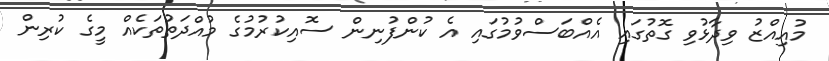
މުއިއްޒު ވިދާޅުވި ގޮތުގައި އެއްބަސްވުމުގައި އެ ކުންފުނިން ސޮއިކުރުމުގެ މުއްދަތުތަކެއް މީގެ ކުރިން